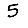
Digit: 5